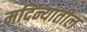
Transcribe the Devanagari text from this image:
मदिन्यातील